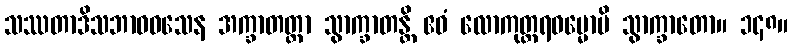
သဿတာဒိသဘာဝဝသေန အက္ခာတတ္တာ သွာက္ခာတန္တိ ဧဝံ လောကုတ္တရဓမ္မောပိ သွာက္ခာတော။ ၁၄၈။